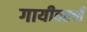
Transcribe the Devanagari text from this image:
गायीवरची